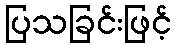
ပြသခြင်းဖြင့်